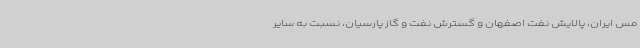
مس ایران، پالایش نفت اصفهان و گسترش نفت و گاز پارسیان، نسبت به سایر